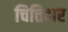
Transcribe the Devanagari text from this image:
चित्तिदार